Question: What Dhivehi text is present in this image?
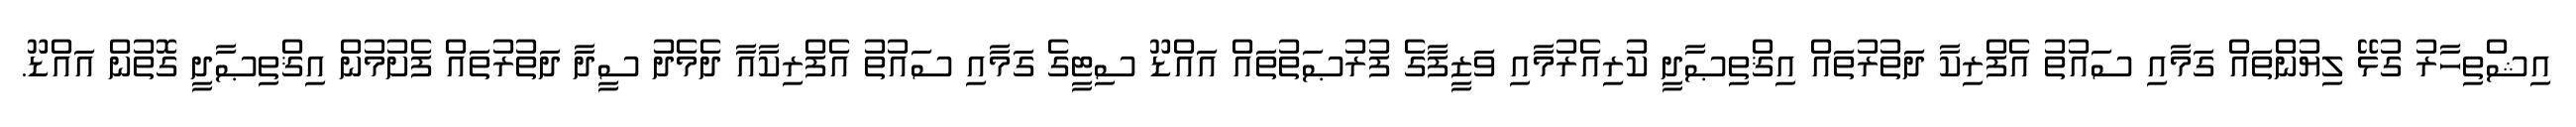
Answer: އިޝްތިހާރު ގުޅޭ ލިޔުންތައް ގަމާއި ސައުތު އެފްރިކާ ދަތުރުތައް އިޤްތިޞާދީ ކުރިއެރުމާއި ވަޒީފާގެ ފުރުޞަތުތައް އައްޑޫ ސިޓީގެ ގަމާއި ސައުތު އެފްރިކާއާ ދެމެދު ސީދާ ދަތުރުތައް ފެށުމުން އިޤްތިޞާދީ ގޮތުން އައްޑޫ.